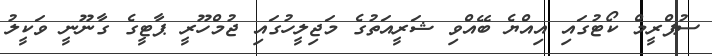
ސުޕްރީމް ކޯޓުގައި އިއްޔެ ބޭއްވި ޝަރީއަތުގެ މަޖިލީހުގައި ޖުމްހޫރީ ޕާޓީގެ ގާނޫނީ ވަކީލު